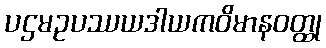
ပဌမဥပဿယဒါယကဝိမာနဝတ္ထု